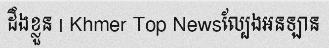
ដឹងខ្លួន | Khmer Top Newsល្បែងអនឡាន